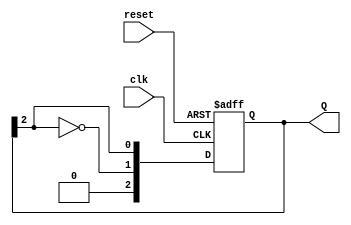
module johnson_counter #(parameter N = 3) (
    input wire clk,       // Clock input
    input wire reset,     // Asynchronous reset
    output reg [N-1:0] Q  // Output state of the counter
);

    always @(posedge clk or posedge reset) begin
        if (reset) begin
            Q <= 0; // Initialize all flip-flops to 0 on reset
        end else begin
            Q <= {~Q[N-1], Q[N-1:N-1]}; // Shift with feedback from the last flip-flop
        end
    end

endmodule